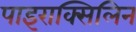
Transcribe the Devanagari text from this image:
पाइराक्सिलिन